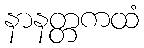
နာနတ္တကထံ